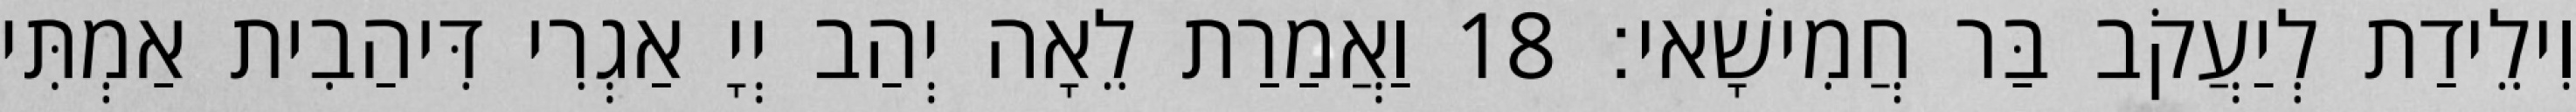
וִילֵידַת לְיַעֲקֹב בַּר חֲמִישָׁאי׃ 18 וַאֲמַרַת לֵאָה יְהַב יְיָ אַגְרִי דִּיהַבִית אַמְתִּי